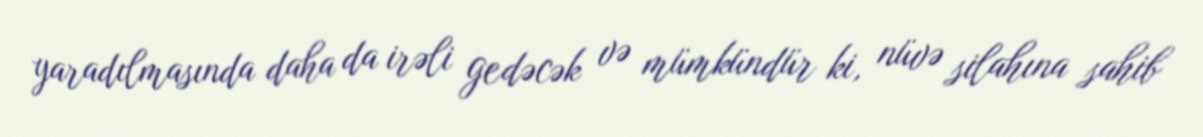
yaradılmasında daha da irəli gedəcək və mümkündür ki, nüvə silahına sahib